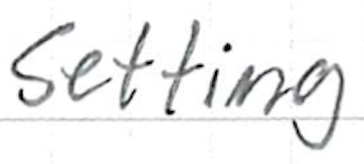
Text: setting
Cross-out: clean
Writing tool: ballpoint